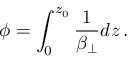
\phi = \int _ { 0 } ^ { z _ { 0 } } \frac { 1 } { \beta _ { \perp } } d z \, .